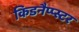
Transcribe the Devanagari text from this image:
किडनैप्प्स्टर